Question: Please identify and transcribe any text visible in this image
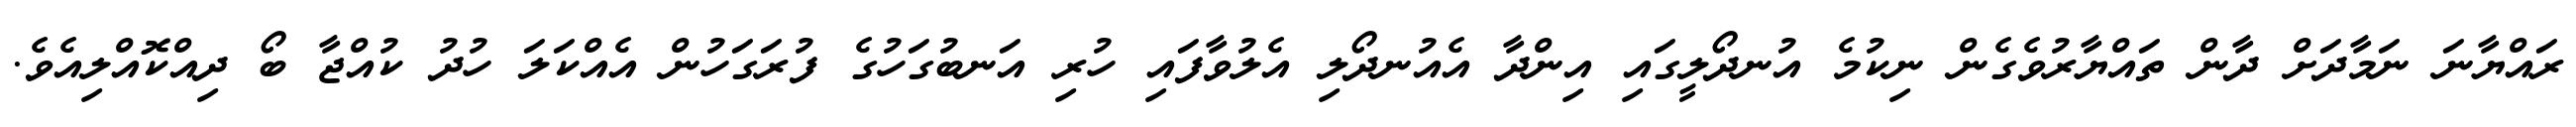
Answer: ރައްޔާނަ ނަމާދަށް ދާން ތައްޔާރުވެގެން ނިކުމެ އުނދޯލީގައި އިންދާ އެއުނދޯލި އެލުވާފައި ހުރި އަނބުގަހުގެ ފުރަގަހުން އެއްކަލަ ހުދު ކުއްޖާ ބޯ ދިއްކޮއްލިއެވެ.